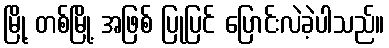
မြို့ တစ်မြို့ အဖြစ် ပြုပြင် ပြောင်းလဲခဲ့ပါသည်။